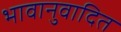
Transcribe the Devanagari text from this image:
भावानुवादित